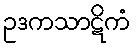
ဥဒကသာဋိကံ